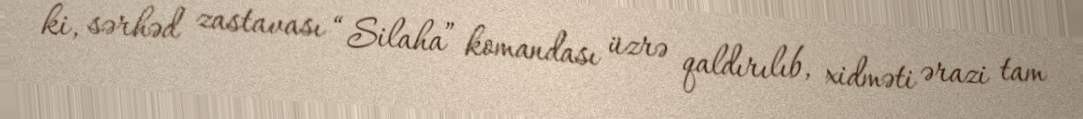
ki, sərhəd zastavası “Silaha” komandası üzrə qaldırılıb, xidməti ərazi tam